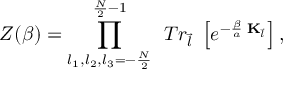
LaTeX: { \cal Z } ( \beta ) = \prod _ { l _ { 1 } , l _ { 2 } , l _ { 3 } = - \frac { N } { 2 } } ^ { \frac { N } { 2 } - 1 } \; \, T r _ { \vec { l } } \; \left[ e ^ { - \frac { \beta } { a } \; { \bf K } _ { \vec { l } } } \right] ,